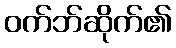
ဝက်ဘ်ဆိုက်၏